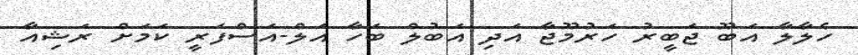
ހެލާލާ އަބޫ ޖަބީރު ހަރުމޫޖާ އަދި އަބުލް ބަހާ އަލް-އަސްފަރީ ކަމަށް ރަޝިއާ